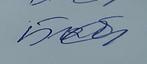
Signature authenticity: genuine